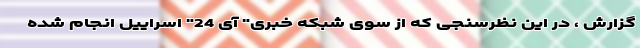
گزارش ، در این نظرسنجی که از سوی شبکه خبری" آی 24" اسراییل انجام شده